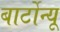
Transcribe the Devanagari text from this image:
बार्टोन्यू